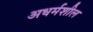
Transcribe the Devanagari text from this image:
अधर्मशील